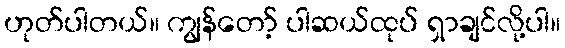
ဟုတ်ပါတယ်။ ကျွန်တော့် ပါဆယ်ထုပ် ရှာချင်လို့ပါ။